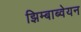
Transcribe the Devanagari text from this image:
झिम्बाब्वेयन